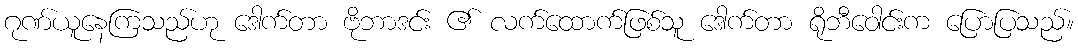
ဂုဏ်ယူနေကြသည်ဟု ဒေါက်တာ ဗိုဘာဒင်း ၏ လက်ထောက်ဖြစ်သူ ဒေါက်တာ ရိုဘီဝေါင်းက ပြောပြသည်။